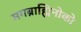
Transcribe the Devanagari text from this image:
मगब्राह्मिनोको